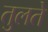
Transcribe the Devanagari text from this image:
तुलते